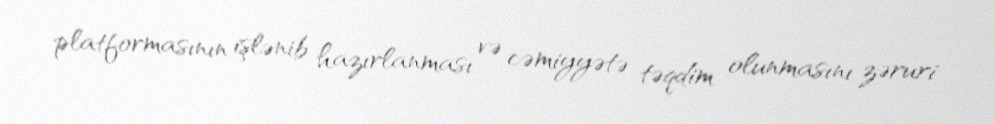
platformasının işlənib hazırlanması və cəmiyyətə təqdim olunmasını zəruri